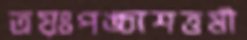
ত্রয়ঃপঙ্চাশত্তমী